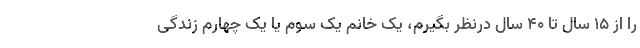
را از ۱۵ سال تا ۴۰ سال درنظر بگیرم، یک خانم یک سوم یا یک چهارم زندگی